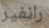
رانفير